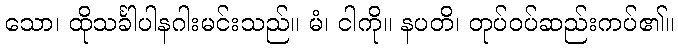
သော၊ ထိုသင်္ခါပါနဂါးမင်းသည်။ မံ၊ ငါကို။ နပတိ၊ တုပ်ဝပ်ဆည်းကပ်၏။